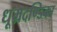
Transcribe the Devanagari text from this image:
धूम्रदण्डिका